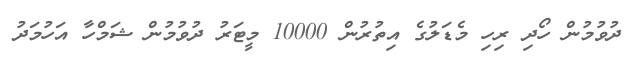
ދުވުމުން ހޯދި ރިހި މެޑަލުގެ އިތުރުން 10000 މީޓަރު ދުވުމުން ޝަމްހާ އަހުމަދު